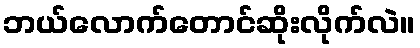
ဘယ်လောက်တောင်ဆိုးလိုက်လဲ။